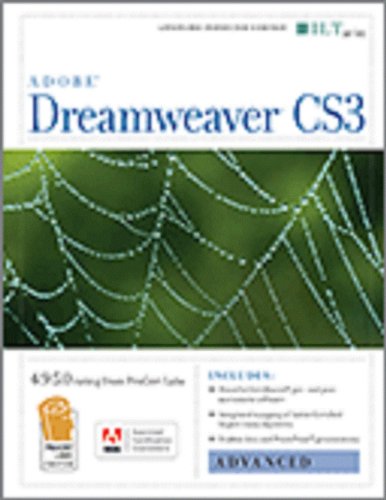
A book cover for Dreamweaver Cs3: Advanced, Ace Edition + Certblaster, Student Manual with Data (ILT); Axzo Press; Computers & Technology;